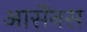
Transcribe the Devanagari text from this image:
आर्सेनस